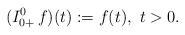
LaTeX: \begin{align*}(I^0_{0+}\, f)(t) := f(t),\ t>0.\end{align*}